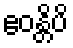
ဧဝန္တိပိ